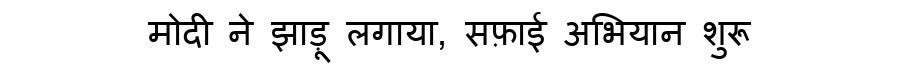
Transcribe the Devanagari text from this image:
मोदी ने झाड़ू लगाया, सफ़ाई अभियान शुरू